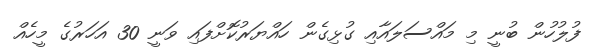
ފުލުހުން ބުނީ މި މައްސަލައާއި ގުޅިގެން ހައްޔަރުކޮށްފައި ވަނީ 30 އަހަރުގެ މީހެއް